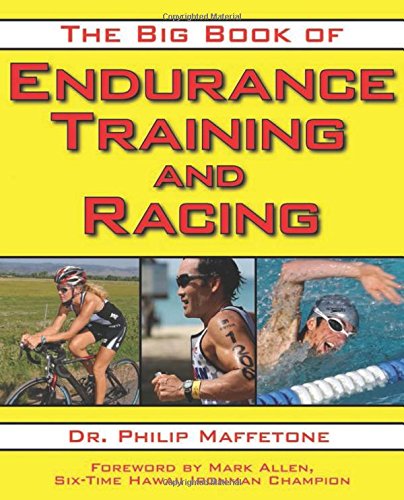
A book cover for The Big Book of Endurance Training and Racing; Philip Maffetone; Health, Fitness & Dieting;